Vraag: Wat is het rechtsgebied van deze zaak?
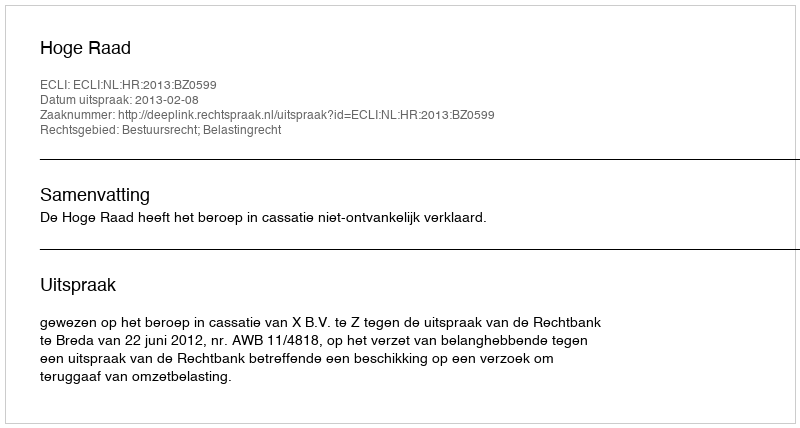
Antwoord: Bestuursrecht; Belastingrecht